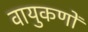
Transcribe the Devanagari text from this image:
वायुकणों